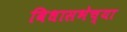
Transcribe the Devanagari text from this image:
विधासभेच्या